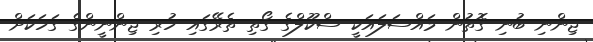
ޖިންނި ބުނި ގޮތުން މައްސަލައަކީ ސްކޫލްގެ ގޯތި ތެރޭގައި ހުރި ޖިންނީންގެ ގަހަކަށް